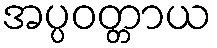
အပ္ပဝတ္တာယ